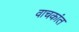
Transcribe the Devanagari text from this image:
वाचकांत